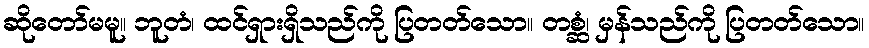
ဆိုတော်မမူ။ ဘူတံ၊ ထင်ရှားရှိသည်ကို ပြတတ်သော။ တစ္ဆံ၊ မှန်သည်ကို ပြတတ်သော။